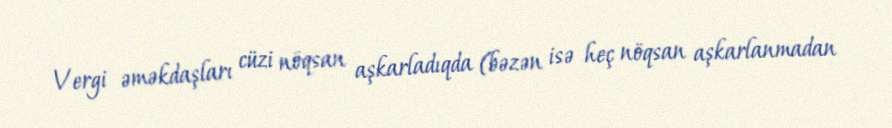
Vergi əməkdaşları cüzi nöqsan aşkarladıqda (bəzən isə heç nöqsan aşkarlanmadan